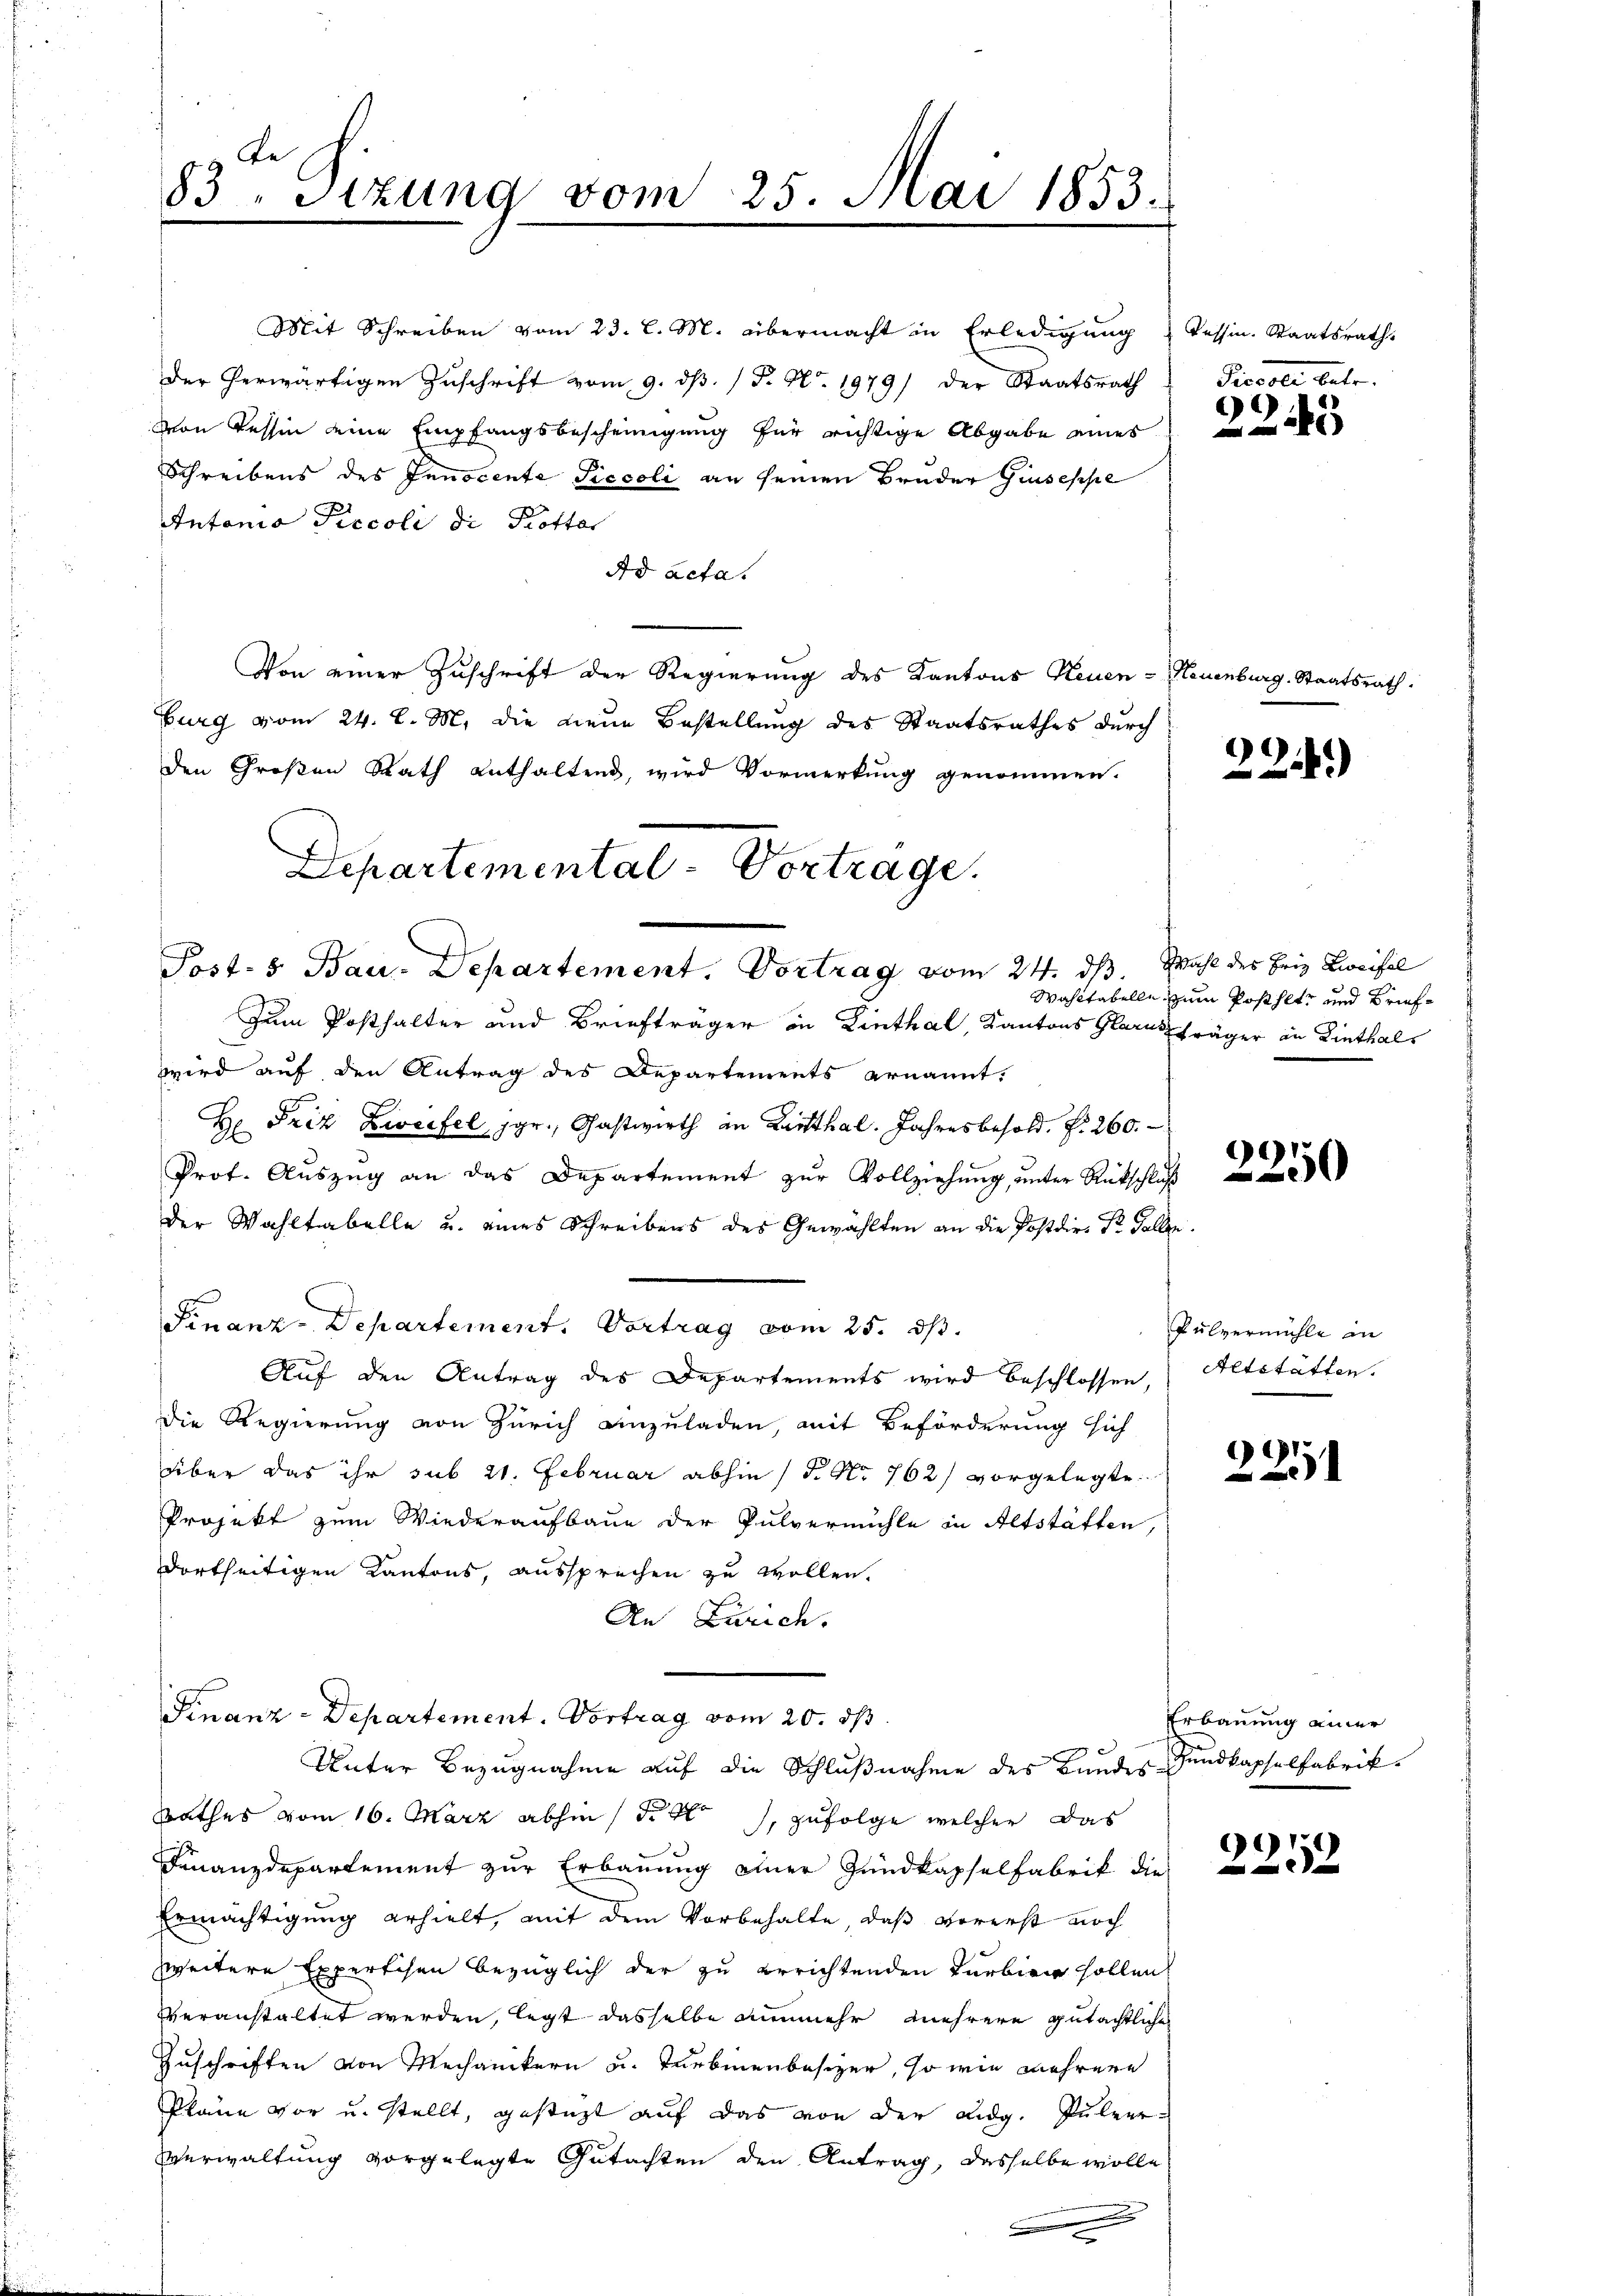
83. Sizung vom 25. Mai 1853.

Mit Schreiben vom 23. l. M. übermacht in Erledigung dessin. Staatsrath
der herwärtigen Zuschrift vom 9. ds. (T. No. 1979/ der Staatsrath
von Tessin eine Empfangsbescheinigung für richtige Abgabe eines
Schreibens des Innocente Siccoli an seinen Bruder Giuseppe
Antonio Piccoli di Kottar
Ad acta.
Von einer Zuschrift der Regierung des Kantons Neuen - Neuenburg. Staatsrath
Burg vom 24. d. M. die neue Bestellung des Staatsrathes durch
den Großen Rath enthaltend, wird Vormerkung genommen.
Departemental-Vortrage.

Post- & Bau. Departement. Vortrag vom 24. ds. Wahl des Friz Zweifel

Zum Posthalter und Briefträger in Linthal, Kantons Glarus fräger in Linthals
wird auf den Antrag des Departements ernannt.
H Friz Zweifel, jgr., Gastwirth in Linthal. Jahresbesold. d. 260.
Prot. Aŭszŭg an das Departement zŭr Vollziehŭng ŭnter Ratschl
der Wahltabelle u. eines Schreibens des Gewählten an die Postdire Dr. Fallen.
Finanz-Departement. Vortrag vom 25. dß.
Auf den Antrag des Departements wird beschlossen,
die Regierung von Zürich anzuladen, mit Beförderung sich
über das ihr sub 21. Februar abhin (§. No 762) vorgelegte.
Projekt zum Wiederaufbaue der Pulvermühle in Altstätten,
dortseitigen Kantons, aussprechen zu wollen.
An Zürich.
Finanz-Departement. Vortrag vom 20. ds.
Unter Bezugnahme auf die Schlußnahme des Bundes Hundkapselfabrik¬
Rathes vom 16. März abhin 1 S. 8, zufolge welcher das
Finanzdepartement zur Erbauung einer Zundkapselfabrik die
Ermächtigung erhielt, mit dem Vorbehalte, daß vorerst noch
zweitere Expertisen bezüglich der zu errichtenden Turbirg sollen
veranstaltet werden, legt dasselbe nunmehr mehrere gutächtlichen
Zuschriften von Mechanikern u. Turbinenbesizer, so wie mehrere
Pläne vor u. stellt, gestützt auf das von der Lidg. Pulver-
Verwaltung vorgelegte Gutachten den Antrag, dasselbe wolle

Picoli betr.

2243

22.)

Wahltabelle zum Posthett und Brief¬

Pulvermühle in
Altstätten.

221

Erbauung einer

C
32